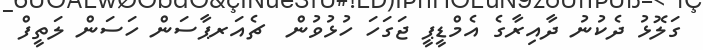
ގަލޮޅު ދެކުނު ދާއިރާގެ އެމްޑީޕީ ޖަގަހަ ހުޅުވުން  ޗެއަރޕާސަން ހަސަން ލަތީފް